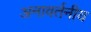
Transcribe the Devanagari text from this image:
अनावर्तनीय